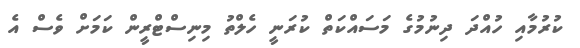
ކުރުމާއި ހުއްދަ ދިނުމުގެ މަސައްކަތް ކުރަނީ ހެލްތު މިނިސްޓްރީން ކަމަށް ވެސް އެ